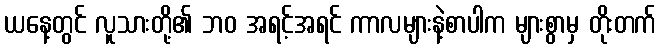
ယနေ့တွင် လူသားတို့၏ ဘဝ အရင့်အရင် ကာလများနဲ့စာပါက များစွာမှ တိုးတက်